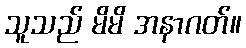
သူသည် မိမိ အနာဂတ်။